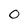
Character: O